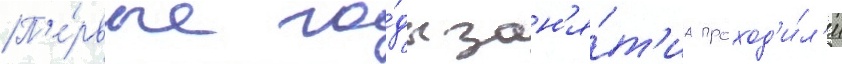
П'е́рвые го́ды зан'я́т'иа проход'и́л'и